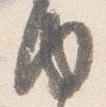
内